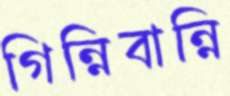
গিন্নিবান্নি